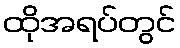
ထိုအရပ်တွင်